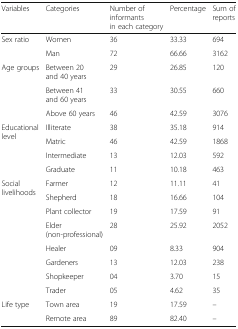
| Variables | Categories | Number of informants in each category | Percentage | Sum of reports |
 | --- | --- | --- | --- | --- |
 | <ROWSPAN=2> Sex ratio | Women | 36 | 33.33 | 694 |
 | Man | 72 | 66.66 | 3162 |
 | <ROWSPAN=3> Age groups | Between 20 and 40 years | 29 | 26.85 | 120 |
 | Between 41and 60 years | 33 | 30.55 | 660 |
 | Above 60 years | 46 | 42.59 | 3076 |
 | <ROWSPAN=4> Educational level | Illiterate | 38 | 35.18 | 914 |
 | Matric | 46 | 42.59 | 1868 |
 | Intermediate | 13 | 12.03 | 592 |
 | Graduate | 11 | 10.18 | 463 |
 | <ROWSPAN=8> Social livelihoods | Farmer | 12 | 11.11 | 41 |
 | Shepherd | 18 | 16.66 | 104 |
 | Plant collector | 19 | 17.59 | 91 |
 | Elder (non-professional) | 28 | 25.92 | 2052 |
 | Healer | 09 | 8.33 | 904 |
 | Gardeners | 13 | 12.03 | 238 |
 | Shopkeeper | 04 | 3.70 | 15 |
 | Trader | 05 | 4.62 | 35 |
 | <ROWSPAN=2> Life type | Town area | 19 | 17.59 | – |
 | Remote area | 89 | 82.40 | – |